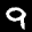
Label: 9